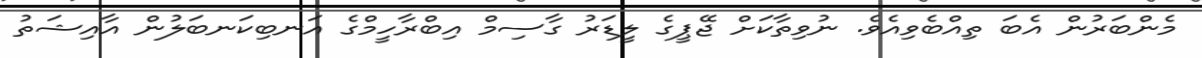
މެންބަރުން އެބަ ތިއްބެވިއެވެ. ނުވިތާކަށް ޖޭޕީގެ ލީޑަރު ގާސިމް އިބްރާހީމްގެ އަނބިކަނބަލުން އާއިޝަތު